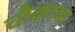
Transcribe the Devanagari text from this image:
चौकाचा